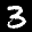
Label: 3